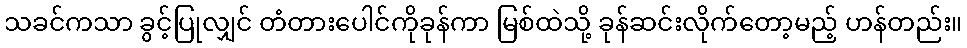
သခင်ကသာ ခွင့်ပြုလျှင် တံတားပေါင်ကိုခုန်ကာ မြစ်ထဲသို့ ခုန်ဆင်းလိုက်တော့မည့် ဟန်တည်း။